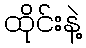
ထိုင်းနဲ့